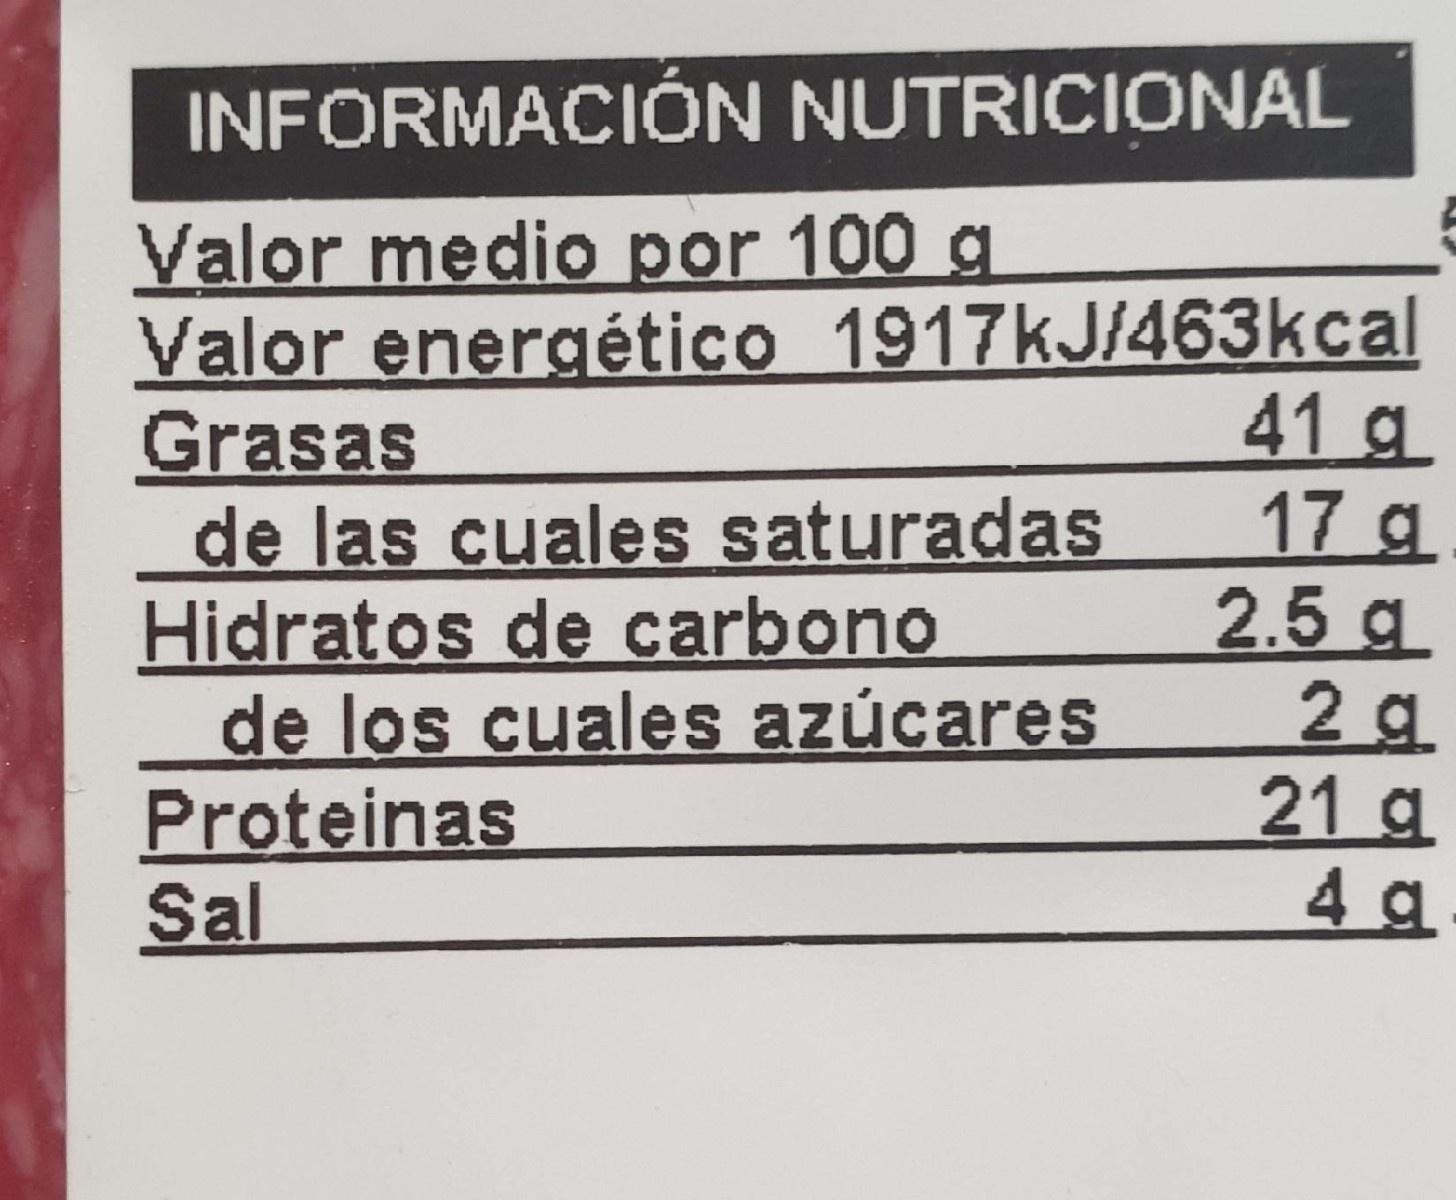
INFORMACIÓN NUTRICIONAL
Valor medio por 100 g Valor energético 1917KJ/463kcal Grasas de las cuales saturadas Hidratos de carbono de los cuales azúcares Proteinas Sal
41 g.
17 g 2.5 g 2 g 21 g 4 g